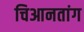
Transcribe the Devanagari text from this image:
चिआनतांग